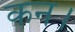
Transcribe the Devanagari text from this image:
कन।